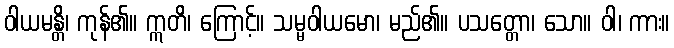
ဝါယမန္တိ၊ ကုန်၏။ ဣတိ၊ ကြောင့်။ သမ္မဝါယမော၊ မည်၏။ ပသတ္တော၊ သော။ ဝါ၊ ကား။